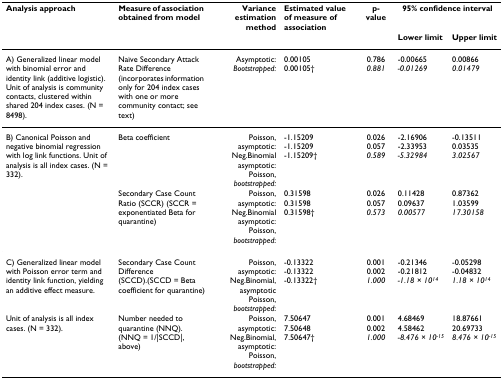
| Analysis approach | Measure of association obtained from model | Variance estimation method | Estimated value of measure of association | p-value | <COLSPAN=2> 95% confidence interval |
 |  |  |  |  |  | Lower limit | Upper limit |
 | --- | --- | --- | --- | --- | --- | --- |
 | A) Generalized linear model with binomial error and identity link (additive logistic). Unit of analysis is community contacts, clustered within shared 204 index cases. (N = 8498). | Naïve Secondary Attack Rate Difference (incorporates information only for 204 index cases with one or more community contact; see text) | Asymptotic: Bootstrapped: | 0.001050.00105† | 0.7860.881 | -0.00665-0.01269 | 0.008660.01479 |
 | B) Canonical Poisson and negative binomial regression with log link functions. Unit of analysis is all index cases. (N = 332). | Beta coefficient | Poisson, asymptotic:Neg.Binomial asymptotic:Poisson, bootstrapped: | -1.15209-1.15209-1.15209† | 0.0260.0570.589 | -2.16906-2.33953-5.32984 | -0.135110.035353.02567 |
 |  | Secondary Case Count Ratio (SCCR) (SCCR = exponentiated Beta for quarantine) | Poisson, asymptotic:Neg.Binomial asymptotic:Poisson, bootstrapped: | 0.315980.315980.31598† | 0.0260.0570.573 | 0.114280.096370.00577 | 0.873621.0359917.30158 |
 | C) Generalized linear model with Poisson error term and identity link function, yielding an additive effect measure. | Secondary Case Count Difference (SCCD).(SCCD = Beta coefficient for quarantine) | Poisson, asymptotic:Neg.Binomial, asymptoticPoisson, bootstrapped: | -0.13322-0.13322-0.13322† | 0.0010.0021.000 | -0.21346-0.21812-1.18 × 1014 | -0.05298-0.048321.18 × 1014 |
 | Unit of analysis is all index cases. (N = 332). | Number needed to quarantine (NNQ). (NNQ = 1/|SCCD|, above) | Poisson, asymptotic:Neg.Binomial, asymptotic:Poisson, bootstrapped: | 7.506477.506487.50647† | 0.0010.0021.000 | 4.684694.58462-8.476 × 10-15 | 18.8766120.697338.476 × 10-15 |